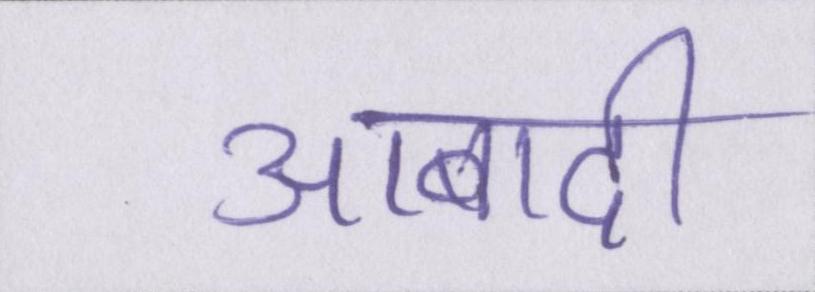
आबादी